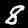
Digit: 8